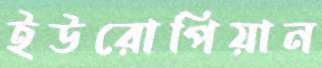
ইউরোপিয়ান